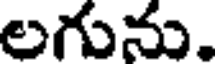
లగును.